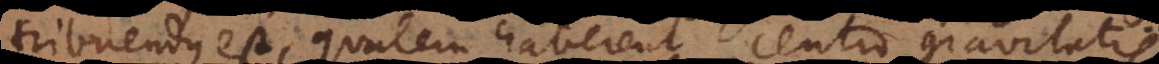
tribuendus est, qualem haberent centro gravitatis